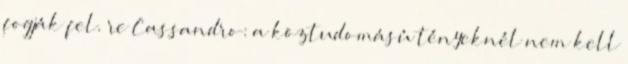
fogják fel. re Cassandro: a köztudomású tényeknél nem kell